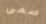
سمى